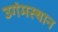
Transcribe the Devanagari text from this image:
उगंमस्थान